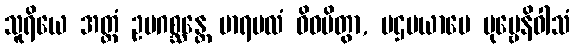
သူရိယေ အတ္ထံ ဥပဂစ္ဆန္တေ မာရဗလံ ဝိဓမိတွာ, ပဌမယာမေ ပုဗ္ဗေနိဝါသံ